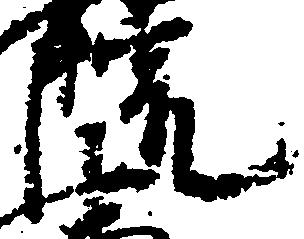
院